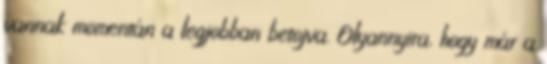
vannak momentán a legjobban betojva. Olyannyira, hogy már a